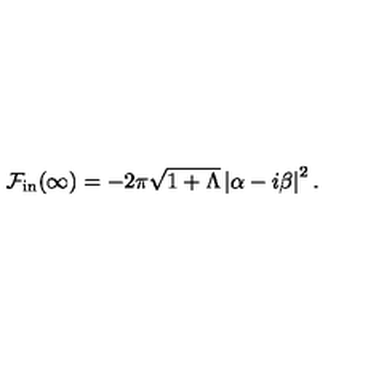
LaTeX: { \cal F } _ { \mathrm { i n } } ( \infty ) = - 2 \pi \sqrt { 1 + \Lambda } \left\vert \alpha - i \beta \right\vert ^ { 2 } .